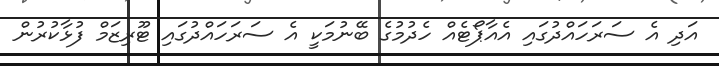
އަދި އެ ސަރަހައްދުގައި އެއާޕޯޓެއް ހެދުމުގެ ބޭނުމަކީ އެ ސަރަހައްދުގައި ޓޫރިޒަމް ފުޅާކުރުން